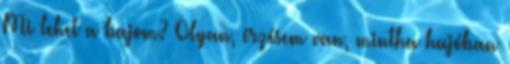
Mi lehet a bajom? Olyan, érzésem van, mintha hajóban